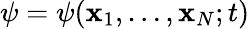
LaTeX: \psi=\psi({\mathbf x}_{1},\ldots,{\mathbf x}_{N};t)